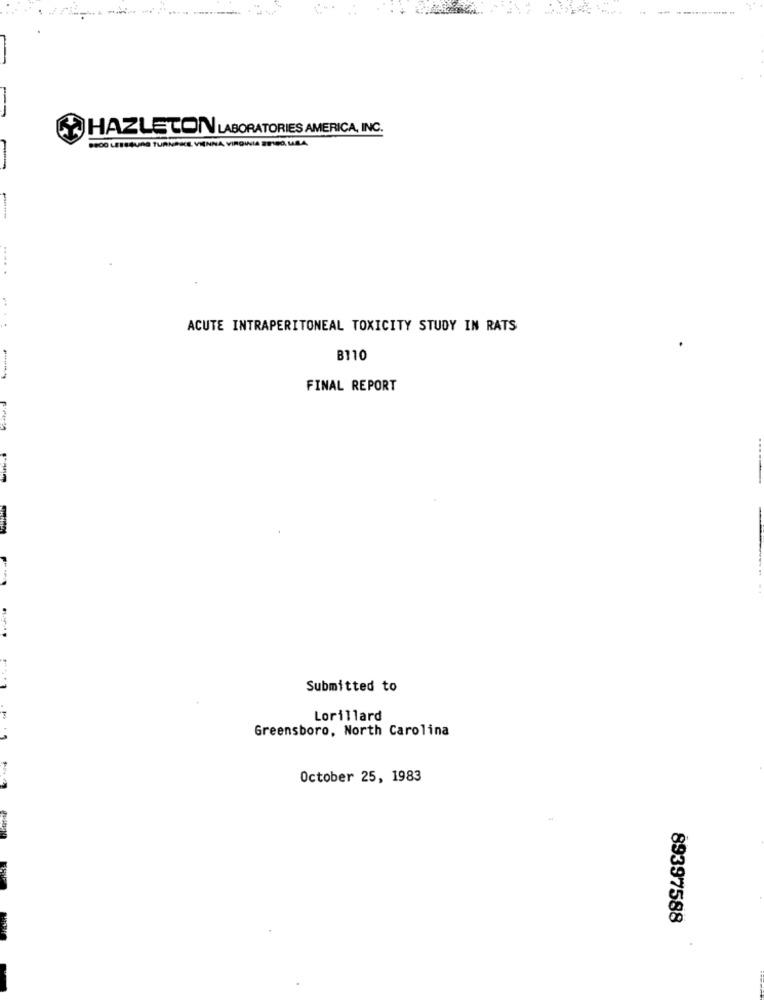
--
HAZLETON LABORATORIES AMERICA, INC.
8400 LESSĞUAĞ TURNAJE. VIENNA, VIRGINIA 29180, MABA
.... .
....
ACUTE INTRAPERITONEAL TOXICITY STUDY IN RATS
B110
FINAL REPORT
Submitted to
Lorillard
Greensboro, North Carolina
October 25, 1983
89397588